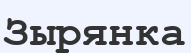
Зырянка